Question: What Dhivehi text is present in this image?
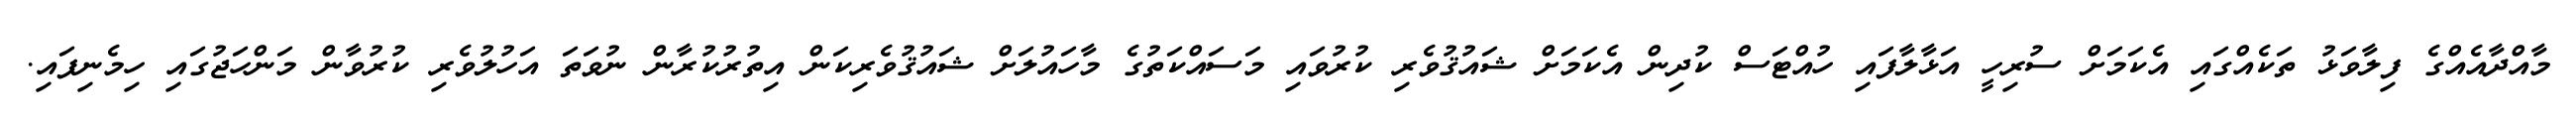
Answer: މާއްދާއެއްގެ ފިލާވަޅު ތަކެއްގައި އެކަމަށް ސުރިހީ އަޅާލާފައި ހުއްޓަސް ކުދިން އެކަމަށް ޝައުޤުވެރި ކުރުވައި މަސައްކަތުގެ މާހައުލަށް ޝައުޤުވެރިކަން އިތުރުކުރާން ނުވަތަ އަހުލުވެރި ކުރުވާން މަންހަޖުގައި ހިމެނިފައި.